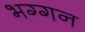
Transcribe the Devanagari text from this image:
भग्गन